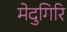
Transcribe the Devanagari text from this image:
मेदुगिरि